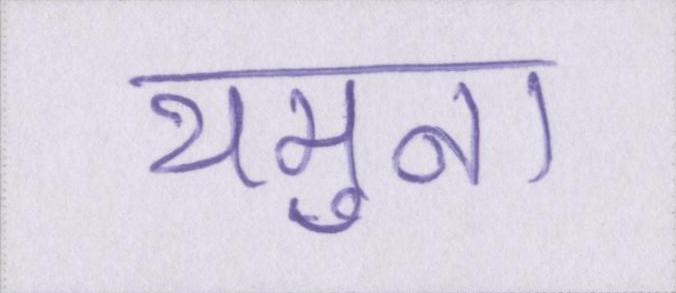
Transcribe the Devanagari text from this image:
यमुना